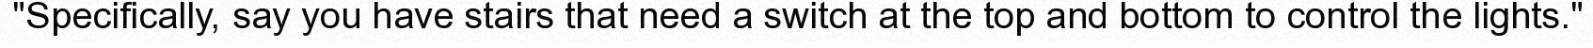
"Specifically, say you have stairs that need a switch at the top and bottom to control the lights."